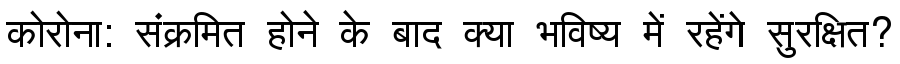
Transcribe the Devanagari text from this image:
कोरोना: संक्रमित होने के बाद क्या भविष्य में रहेंगे सुरक्षित?